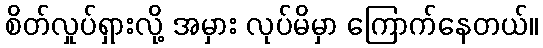
စိတ်လှုပ်ရှားလို့ အမှား လုပ်မိမှာ ကြောက်နေတယ်။